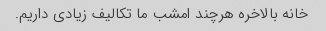
خانه بالاخره هرچند امشب ما تکالیف زیادی داریم.